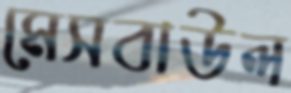
মেসবাউল